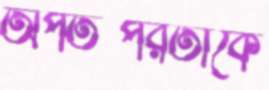
অপতত্পরতাকে